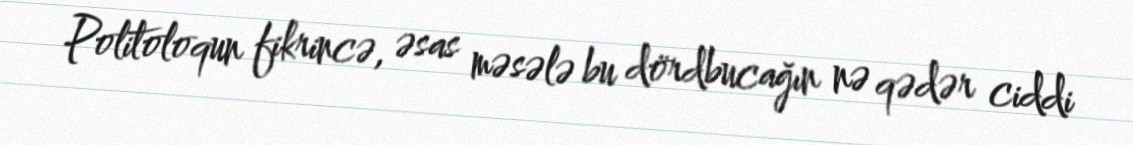
Politoloqun fikrincə, əsas məsələ bu dördbucağın nə qədər ciddi